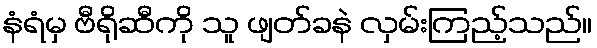
နံရံမှ ဗီရိုဆီကို သူ ဖျတ်ခနဲ လှမ်းကြည့်သည်။